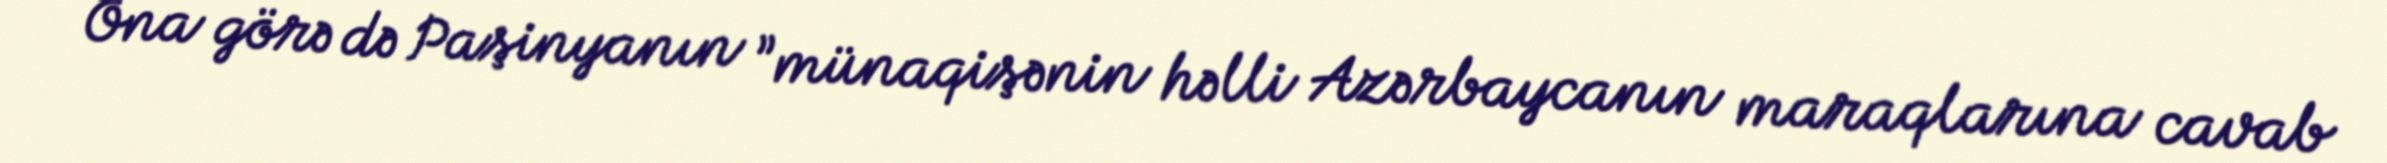
Ona görə də Paşinyanın ”münaqişənin həlli Azərbaycanın maraqlarına cavab